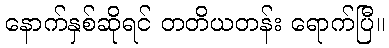
နောက်နှစ်ဆိုရင် တတိယတန်း ရောက်ပြီ။